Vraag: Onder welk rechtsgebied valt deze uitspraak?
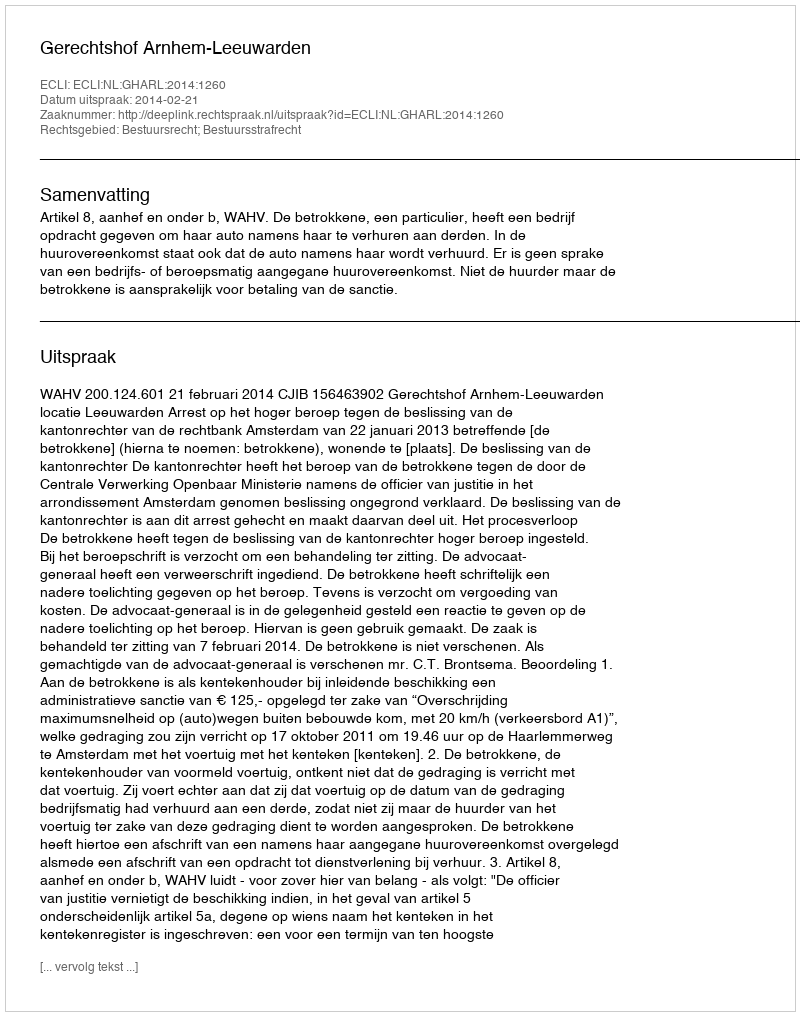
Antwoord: Bestuursrecht; Bestuursstrafrecht